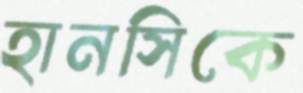
হানসিকে